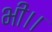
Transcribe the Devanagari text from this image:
भी।।